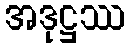
အဒုဋ္ဌဿ